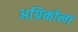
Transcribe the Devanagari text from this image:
अग्रिकोला